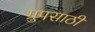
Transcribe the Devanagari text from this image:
ग्रुपसाठी